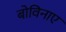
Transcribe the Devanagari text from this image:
बोविनाए